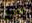
هاواي